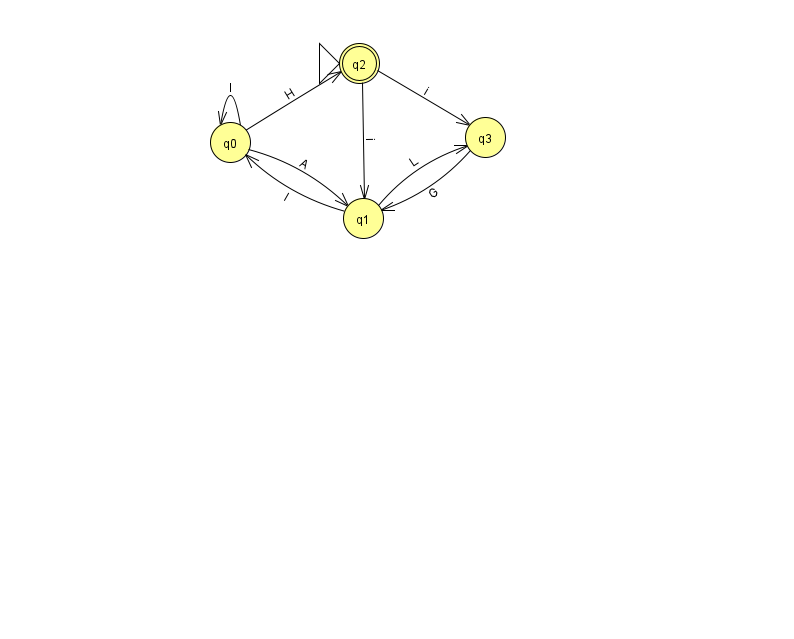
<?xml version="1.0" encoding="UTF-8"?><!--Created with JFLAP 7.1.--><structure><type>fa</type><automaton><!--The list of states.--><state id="0" name="q0"><x>230.0</x><y>129.0</y></state><state id="1" name="q1"><x>363.0</x><y>205.0</y></state><state id="2" name="q2"><x>359.0</x><y>50.0</y><initial/><final/></state><state id="3" name="q3"><x>485.0</x><y>124.0</y></state><!--The list of transitions.--><transition><from>0</from><to>1</to><read>A</read></transition><transition><from>0</from><to>2</to><read>H</read></transition><transition><from>2</from><to>1</to><read>i</read></transition><transition><from>3</from><to>1</to><read>G</read></transition><transition><from>2</from><to>3</to><read>i</read></transition><transition><from>1</from><to>0</to><read>I</read></transition><transition><from>1</from><to>3</to><read>L</read></transition><transition><from>0</from><to>0</to><read>l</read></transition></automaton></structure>